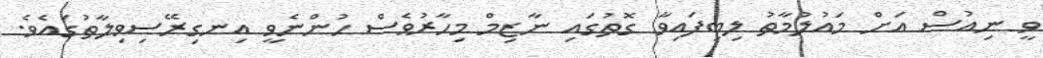
ވީ ނިއުސް އަށް މައުލުމާތު ލިބިފައިވާ ގޮތުގައި ނާޒިމް މިހާރުވެސް ހުންނެވީ އިނގިރޭސިވިލާތުގައެވެ.